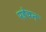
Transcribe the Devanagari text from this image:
पहेचन